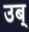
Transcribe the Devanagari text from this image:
उब्